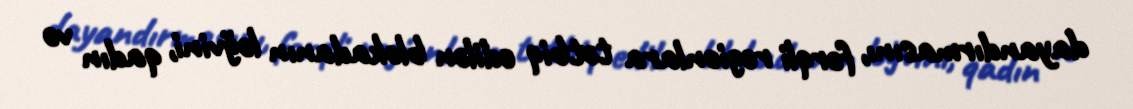
dayandırmasını, fərqli regionlara tətbiq edilən blokadanın ləğvini, qadın və